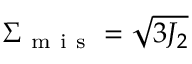
\Sigma _ { \mathrm { ~ m ~ i ~ s ~ } } = \sqrt { 3 J _ { 2 } }